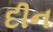
દીન